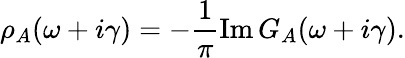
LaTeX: \rho_{A}(\omega+i\gamma)=-\frac{1}{\pi}\operatorname{Im}G_{A}(\omega+i\gamma).